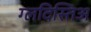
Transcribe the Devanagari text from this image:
ग्लदिस्तिअ